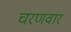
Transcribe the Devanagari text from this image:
चरणवार